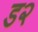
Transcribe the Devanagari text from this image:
ड२